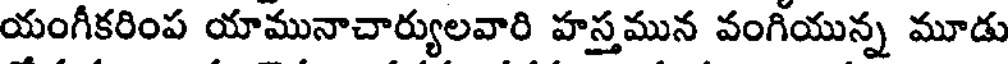
యంగీకరింప యామునాచార్యులవారి హస్తమున వంగియున్న మూడు